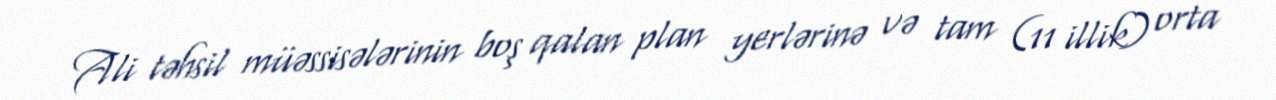
Ali təhsil müəssisələrinin boş qalan plan yerlərinə və tam (11 illik) orta